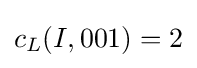
c_{L}(I,001)=2